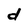
Character: d